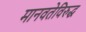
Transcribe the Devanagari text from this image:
मानवतेविरुद्ध